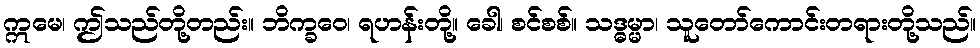
ဣမေ၊ ဤသည်တို့တည်း။ ဘိက္ခဝေ၊ ရဟန်းတို့။ ခေါ၊ စင်စစ်။ သဒ္ဓမ္မာ၊ သူတော်ကောင်းတရားတို့သည်။